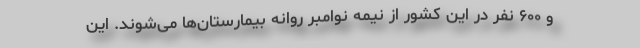
و ۶۰۰ نفر در این کشور از نیمه نوامبر روانه بیمارستان‌ها می‌شوند. این